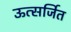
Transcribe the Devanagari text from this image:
ऊत्सर्जित